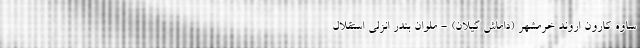
ساوه کارون اروند خرمشهر (داماش گیلان) - ملوان بندر انزلی استقلال